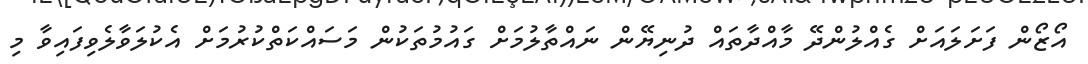
އޯޒޯން ފަށަލައަށް ގެއްލުންދޭ މާއްދާތައް ދުނިޔޭން ނައްތާލުމަށް ގައުމުތަކުން މަސައްކަތްކުރުމަށް އެކުލަވާލެވިފައިވާ މި